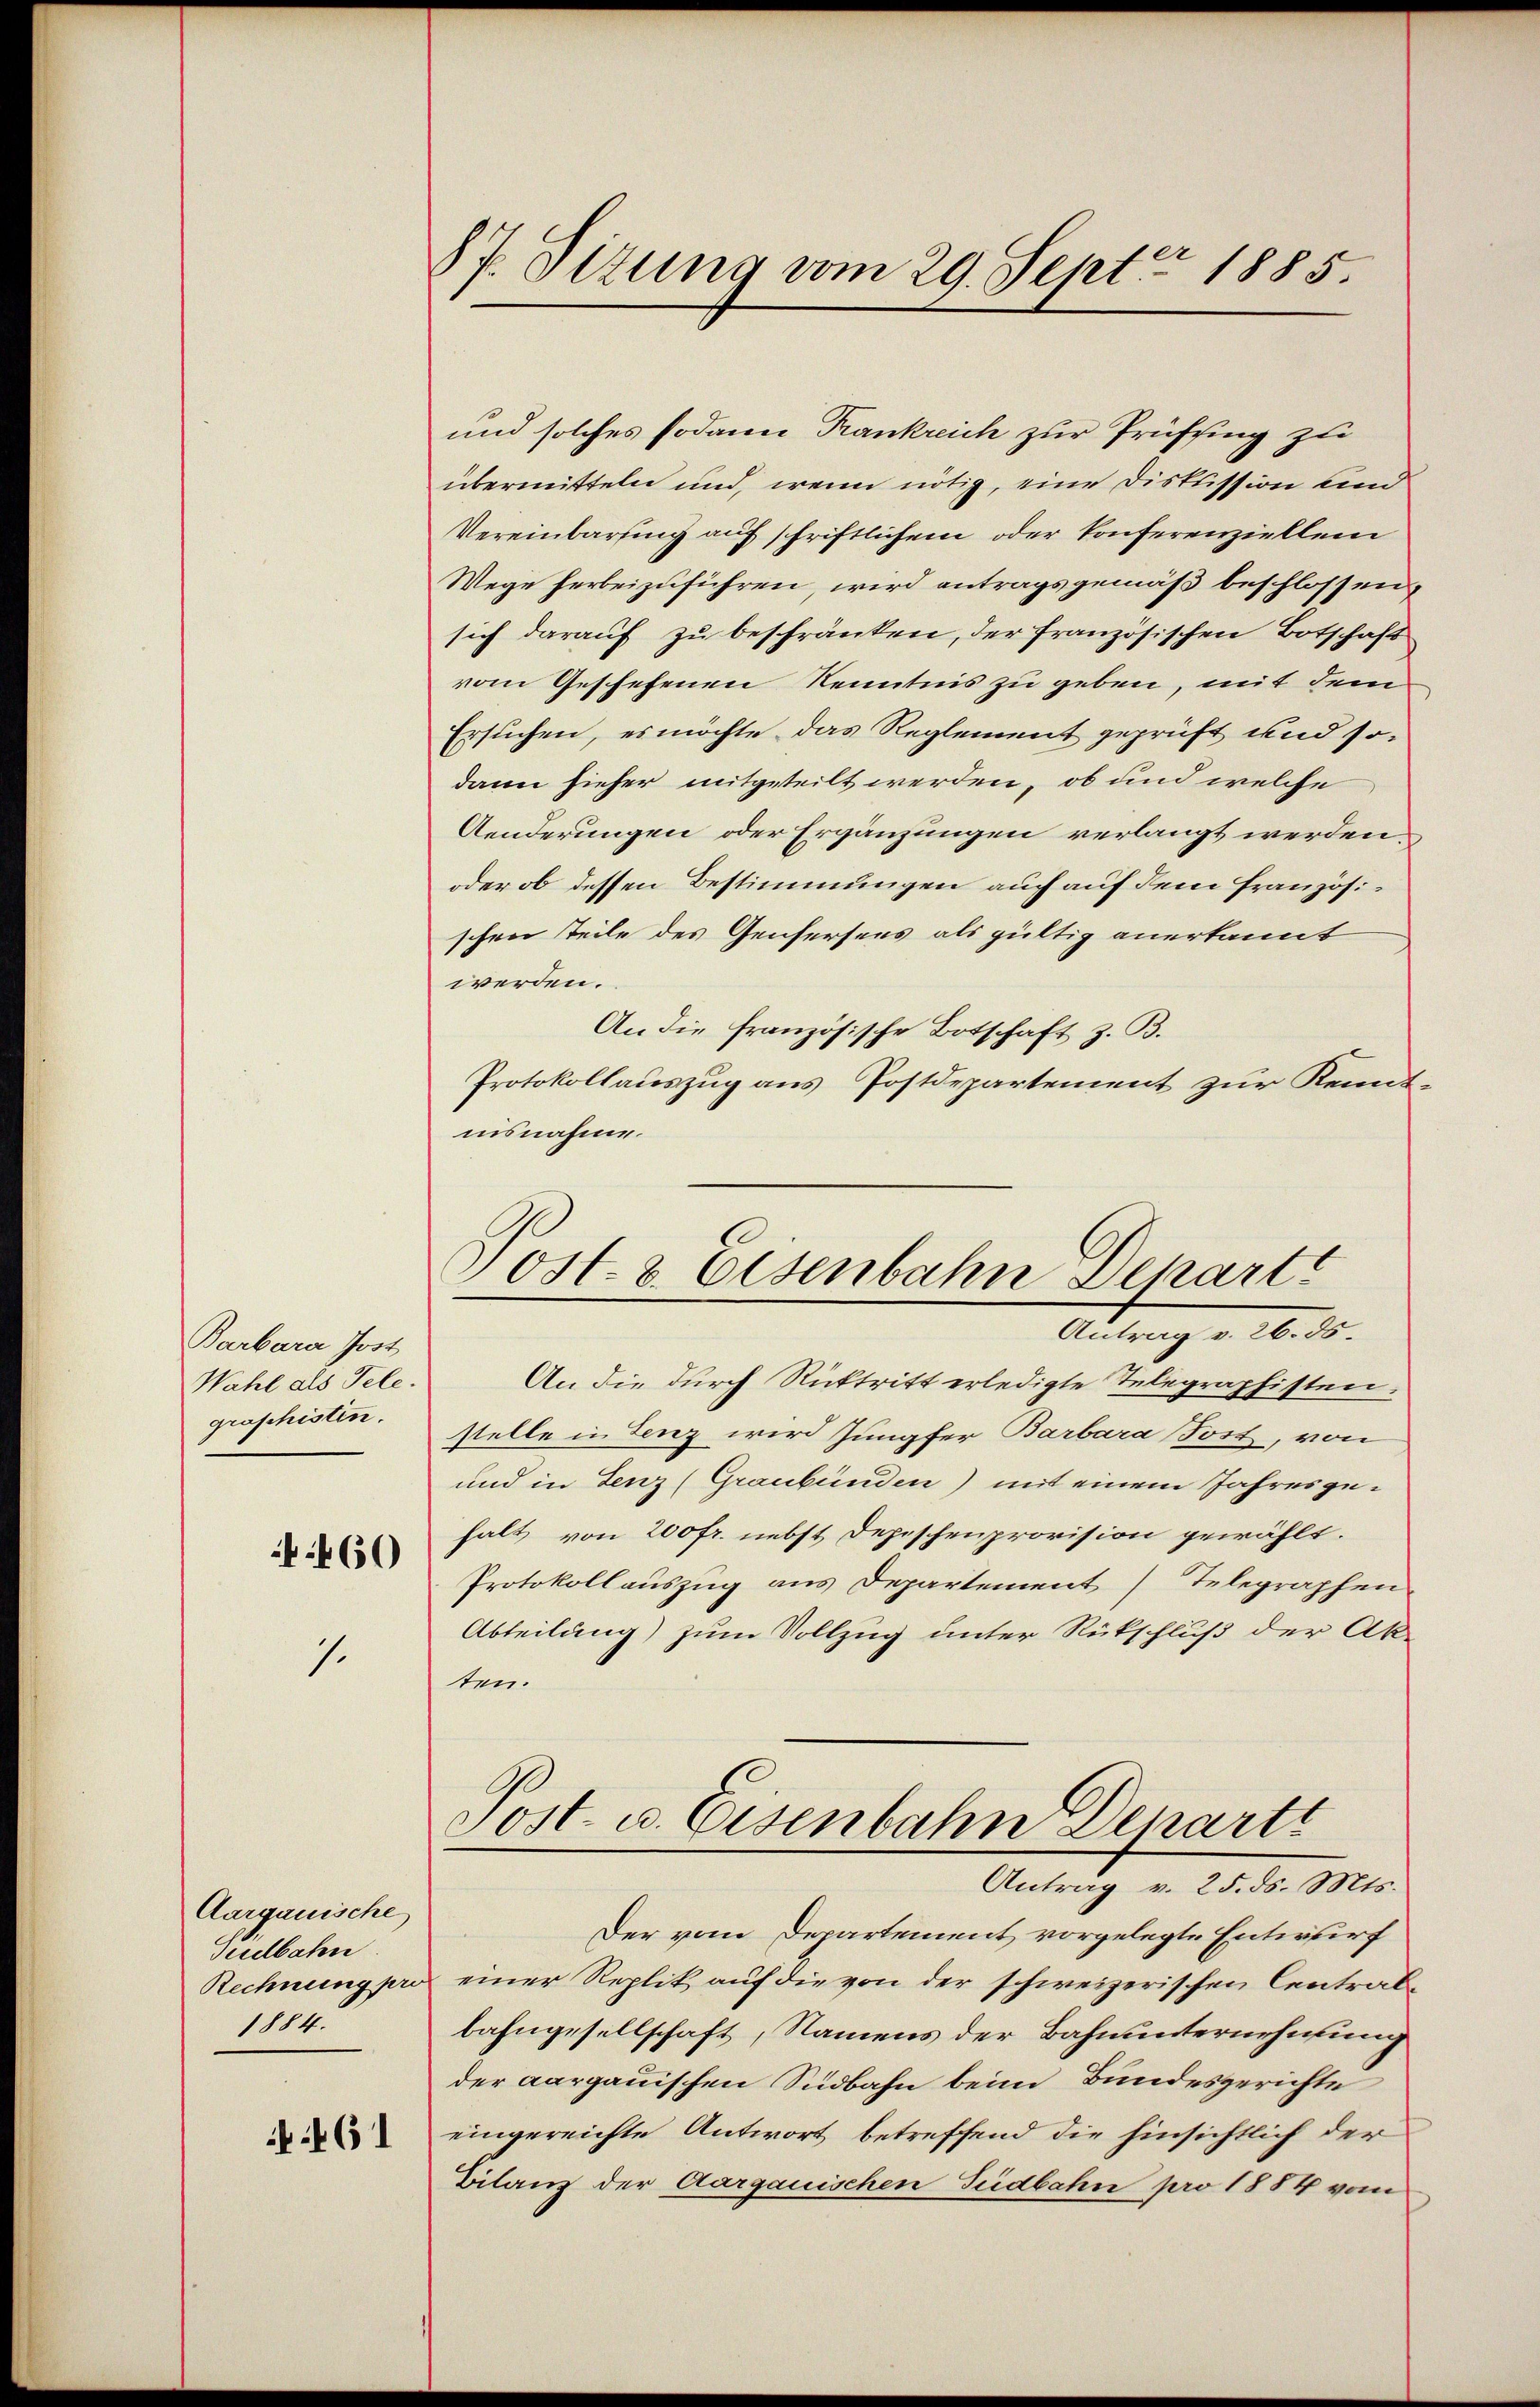
Barbara Jost
Wahl als Tele.
graphisten.
460

7.

Aargauische
Tudbahn.
Rechnung pro
1884.

61

87. Sitzung vom 29. Sept. 1885.

und solches sodann Frankreich zur Prüffing zu
übermitteln und, wenn nötig, eine Diskussion und
Vereinbarung auf schriftlichem oder konferenziellei
Wege herbeizuführen, wird antragsgemäß beschlossen,
sich darauf zu beschränken, der französischen Botschaft
vom Geschehenen Kenntnis zu geben, mit dem
Ersuchen, es möchte das Reglement geprüft und sodann hieher mitgeteilt werden, ob und welche
Aenderungen oder Ergänzungen verlangt werden,
oder ob dessen Bestimmungen auch auf dem Französischen Teile des Genfersees als gültig anerkannt
werden.
An die französische Botschaft z. B.
Protokollauszug aus Postdepartement zur Kenntnisnahme.

Post. 8 Eisenbahn Depart
Antrag v. 26. ds.

An die durch Rücktritt erledigte Telegraphisten.
stelle in Lenz wird Jungfer Barbara Fort, von
und in Lenz (Graubünden) mit einem Jahresgehalt von 200 fr. nebst Depeschenprovision gewählt.
Protokollauszug aus Departement Telegraphen
Abteilung) zum Vollzug unter Rückschluß der Ak-
ten.
Post v. Eisenbahn Departi
Antrag v. 25. ds. Mts.
Der vom Departement vorgelegte Entwurf
einer Replik auf die von der schweizerischen Centralbahngesellschaft, Namens der Bahnunternehmung
der aargauischen Südbahn beim Bundesgerichte
eingereichte Antwort betreffend die hinsichtlich der
Bilanz der Aargauischen Südbahn pro 1884 vom